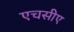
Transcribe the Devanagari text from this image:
एचसीए